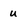
Character: u